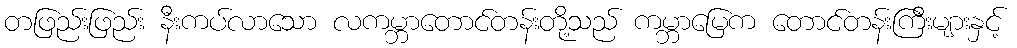
တဖြည်းဖြည်း နီးကပ်လာသော လကမ္ဘာတောင်တန်းတို့သည် ကမ္ဘာမြေက တောင်တန်းကြီးများနှင့်